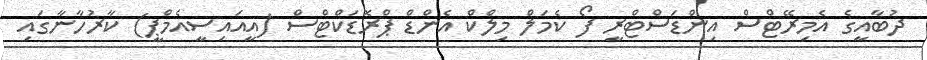
ދުބާއީގެ އެމިރޭޓްސް އިންޑަސްޓްރީ ފޯ ކެމަލް މިލްކް އެންޑް ޕްރޮޑަކްޓްސް (އީއައިސީއެމްޕީ) ކާރުހާނާގައި